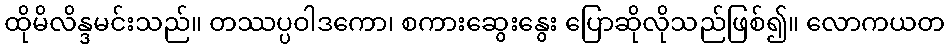
ထိုမိလိန္ဒမင်းသည်။ တဿပ္ပဝါဒကော၊ စကားဆွေးနွေး ပြောဆိုလိုသည်ဖြစ်၍။ လောကယတ